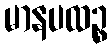
မာနပထဉ္စ